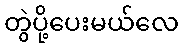
တွဲပို့ပေးမယ်လေ